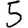
Digit: 5